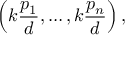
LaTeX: \left( k { \frac { p _ { 1 } } { d } } , \ldots , k { \frac { p _ { n } } { d } } \right) ,